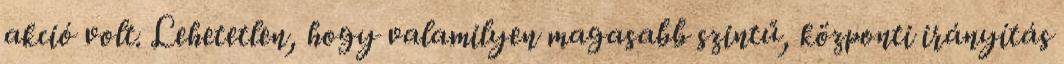
akció volt. Lehetetlen, hogy valamilyen magasabb szintű, központi irányítás